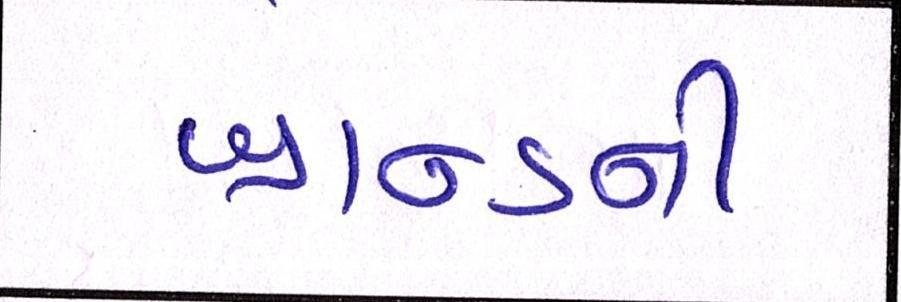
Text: બ્રાન્ડની